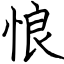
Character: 悢